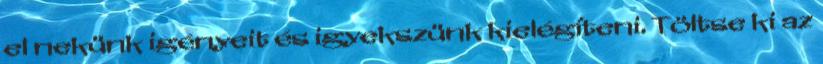
el nekünk igényeit és igyekszünk kielégíteni. Töltse ki az